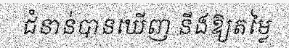
ជំនាន់បានឃើញ នឹងឱ្យតម្លៃ